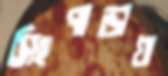
সিংপাড়ায়